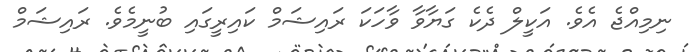
ނިމިއްޖެ އެވެ. އަކީލް ދެކެ ގަޔާވާ ވާހަކަ ރައިޝަމް ކައިރީގައި ބުނީމެވެ. ރައިޝަމް